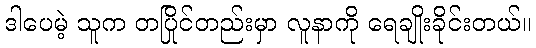
ဒါပေမဲ့ သူက တပြိုင်တည်းမှာ လူနာကို ရေချိုးခိုင်းတယ်။